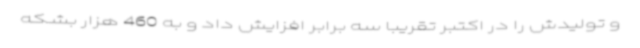
و تولیدش را در اکتبر تقریبا سه برابر افزایش داد و به 460 هزار بشکه